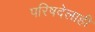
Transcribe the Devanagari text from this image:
परिषदेलाही